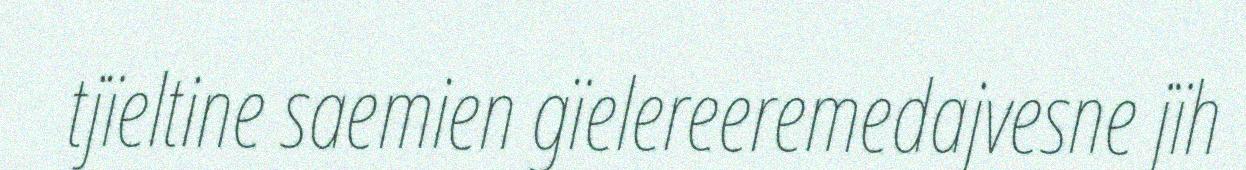
tjïeltine saemien gïelereeremedajvesne jïh